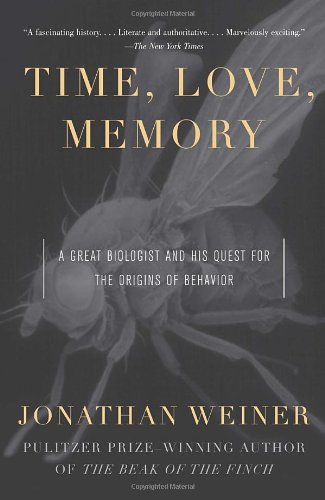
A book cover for Time, Love, Memory: A Great Biologist and His Quest for the Origins of Behavior; Jonathan Weiner; Medical Books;